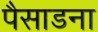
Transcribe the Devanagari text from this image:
पैसाडना